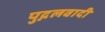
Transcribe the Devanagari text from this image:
पुद्गलवादी